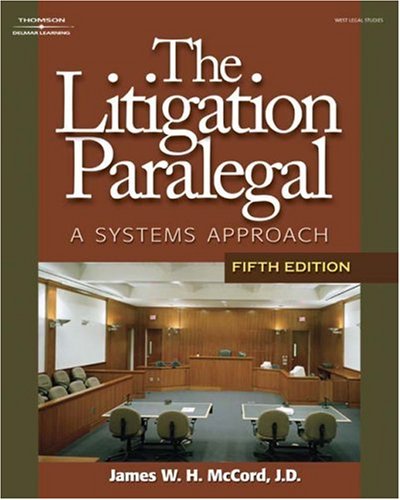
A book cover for The Litigation Paralegal: A Systems Approach; James W. H. McCord; Law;